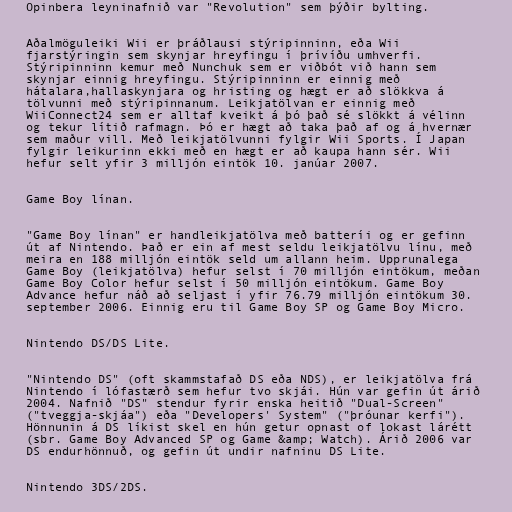
Opinbera leyninafnið var "Revolution" sem þýðir bylting.

Aðalmöguleiki Wii er þráðlausi stýripinninn, eða Wii
fjarstýringin sem skynjar hreyfingu í þrívíðu umhverfi.
Stýripinninn kemur með Nunchuk sem er viðbót við hann sem
skynjar einnig hreyfingu. Stýripinninn er einnig með
hátalara,hallaskynjara og hristing og hægt er að slökkva á
tölvunni með stýripinnanum. Leikjatölvan er einnig með
WiiConnect24 sem er alltaf kveikt á þó það sé slökkt á vélinn
og tekur lítið rafmagn. Þó er hægt að taka það af og á hvernær
sem maður vill. Með leikjatölvunni fylgir Wii Sports. Í Japan
fylgir leikurinn ekki með en hægt er að kaupa hann sér. Wii
hefur selt yfir 3 milljón eintök 10. janúar 2007.

Game Boy línan.

"Game Boy línan" er handleikjatölva með batteríi og er gefinn
út af Nintendo. Það er ein af mest seldu leikjatölvu línu, með
meira en 188 milljón eintök seld um allann heim. Upprunalega
Game Boy (leikjatölva) hefur selst í 70 milljón eintökum, meðan
Game Boy Color hefur selst í 50 milljón eintökum. Game Boy
Advance hefur náð að seljast í yfir 76.79 milljón eintökum 30.
september 2006. Einnig eru til Game Boy SP og Game Boy Micro.

Nintendo DS/DS Lite.

"Nintendo DS" (oft skammstafað DS eða NDS), er leikjatölva frá
Nintendo í lófastærð sem hefur tvo skjái. Hún var gefin út árið
2004. Nafnið "DS" stendur fyrir enska heitið "Dual-Screen"
("tveggja-skjáa") eða "Developers' System" ("þróunar kerfi").
Hönnunin á DS líkist skel en hún getur opnast of lokast lárétt
(sbr. Game Boy Advanced SP og Game &amp; Watch). Árið 2006 var
DS endurhönnuð, og gefin út undir nafninu DS Lite.

Nintendo 3DS/2DS.